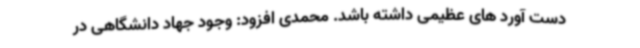
دست آورد های عظیمی داشته باشد. محمدی افزود: وجود جهاد دانشگاهی در